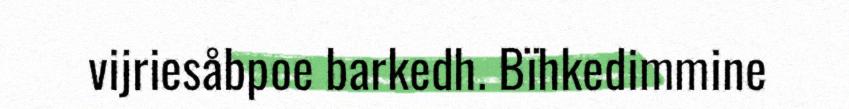
vijriesåbpoe barkedh. Bïhkedimmine